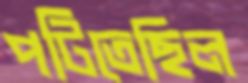
পটিতেছিল